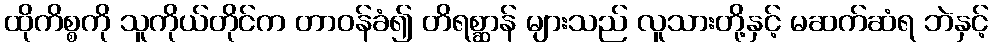
ထိုကိစ္စကို သူကိုယ်တိုင်က တာဝန်ခံ၍ တိရစ္ဆာန် များသည် လူသားတို့နှင့် မဆက်ဆံရ ဘဲနှင့်